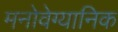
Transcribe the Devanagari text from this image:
मनोवेग्यानिक